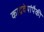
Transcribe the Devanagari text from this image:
काद्रवेयांपैकी